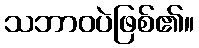
သဘာဝပဲဖြစ်၏။